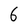
Character: 6